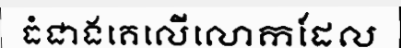
ធំជាងគេលើលោកដែល